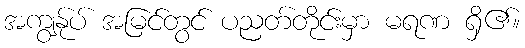
အကျွန်ုပ် အမြင်တွင် ပညတ်တိုင်းမှာ မရဏ ရှိ၏။